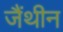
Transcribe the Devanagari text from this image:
जैंथीन